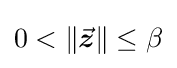
0<\|{\vec {\boldsymbol {z}}}\|\leq \beta